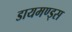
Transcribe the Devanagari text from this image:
डायमण्ड्स